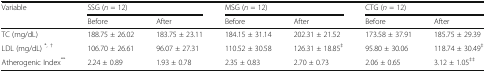
<table><thead><tr><td><b>Variable</b></td><td colspan="2"><b>SSG (<i>n</i> = 12)</b></td><td colspan="2"><b>MSG (<i>n</i> = 12)</b></td><td colspan="2"><b>CTG (<i>n</i> = 12)</b></td></tr><tr><td></td><td><b>Before</b></td><td><b>After</b></td><td><b>Before</b></td><td><b>After</b></td><td><b>Before</b></td><td><b>After</b></td></tr></thead><tbody><tr><td>TC (mg/dL)</td><td>188.75 ± 26.02</td><td>183.75 ± 23.11</td><td>184.15 ± 31.14</td><td>202.31 ± 21.52</td><td>173.58 ± 37.91</td><td>185.75 ± 29.39</td></tr><tr><td>LDL (mg/dL) <sup>*, †</sup></td><td>106.70 ± 26.61</td><td>96.07 ± 27.31</td><td>110.52 ± 30.58</td><td>126.31 ± 18.85<sup>‡</sup></td><td>95.80 ± 30.06</td><td>118.74 ± 30.49<sup>‡</sup></td></tr><tr><td>Atherogenic Index<sup>**</sup></td><td>2.24 ± 0.89</td><td>1.93 ± 0.78</td><td>2.35 ± 0.83</td><td>2.70 ± 0.73</td><td>2.06 ± 0.65</td><td>3.12 ± 1.05<sup>‡‡</sup></td></tr></tbody></table>